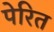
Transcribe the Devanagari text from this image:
पेरित